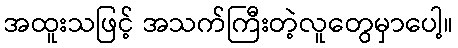
အထူးသဖြင့် အသက်ကြီးတဲ့လူတွေမှာပေါ့။